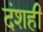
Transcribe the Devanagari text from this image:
दंशही